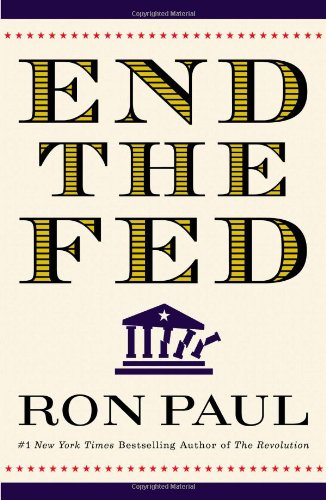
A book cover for End the Fed; Ron Paul; Business & Money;